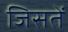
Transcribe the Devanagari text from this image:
जिसतें